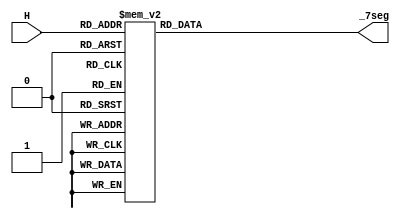
module _7segENC (H, _7seg);
input [3:0] H;
output [6:0] _7seg;
reg [6:0] _7seg;

always @ (H)
	case (H)
	4'd0:_7seg = 7'b1000000;
	4'd1:_7seg = 7'b1111001;
	4'd2:_7seg = 7'b0100100;
	4'd3:_7seg = 7'b0110000;
	4'd4:_7seg = 7'b0011001;
	4'd5:_7seg = 7'b0010010;
	4'd6:_7seg = 7'b0000010;
	4'd7:_7seg = 7'b1111000;
	4'd8:_7seg = 7'b0000000;
	4'd9:_7seg = 7'b0010000;
	4'd10:_7seg = 7'b0001000;
	4'd11:_7seg = 7'b0000011;
	4'd12:_7seg = 7'b1000110;
	4'd13:_7seg = 7'b0100001;
	4'd14:_7seg = 7'b0000110;
	4'd15:_7seg = 7'b0001110;
	default:_7seg = 7'b1111111;
	endcase

endmodule